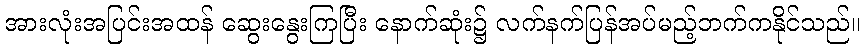
အားလုံးအပြင်းအထန် ဆွေးနွေးကြပြီး နောက်ဆုံး၌ လက်နက်ပြန်အပ်မည့်ဘက်ကနိုင်သည်။